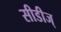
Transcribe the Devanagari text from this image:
सीडीज्